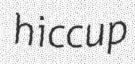
hiccup